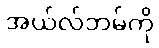
အယ်လ်ဘမ်ကို